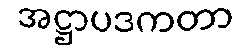
အဋ္ဌာပဒကတာ